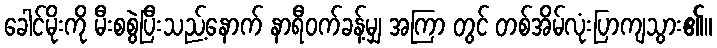
ခေါင်မိုးကို မီးစစွဲပြီးသည့်နောက် နာရီဝက်ခန့်မျှ အကြာ တွင် တစ်အိမ်လုံးပြာကျသွား၏။